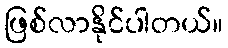
ဖြစ်လာနိုင်ပါတယ်။